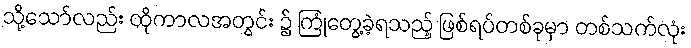
သို့သော်လည်း ထိုကာလအတွင်း ၌ ကြုံတွေ့ခဲ့ရသည့် ဖြစ်ရပ်တစ်ခုမှာ တစ်သက်လုံး